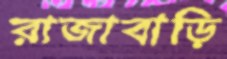
রাজাবাড়ি